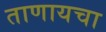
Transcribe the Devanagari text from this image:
ताणायचा